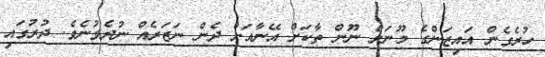
ހުރެގެން އައިޒަންގެ މޫނަށް ނޫން ތާކަށް އޭނާއަށް ދެން ނަޒަރެއް ނުދެވުނެވެ. ދުރުގައި